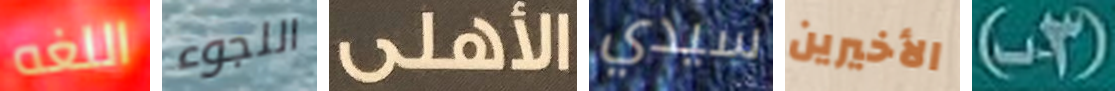
اللغه اللجوء الأهلى سيدي الأخيرين (3-ب)